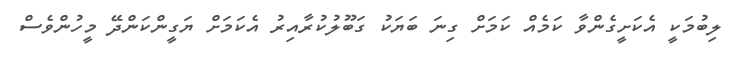
ލިބުމަކީ އެކަށީގެންވާ ކަމެއް ކަމަށް ގިނަ ބަޔަކު ގަބޫލުކުރާއިރު އެކަމަށް ޔަގީންކަންދޭ މީހުންވެސް